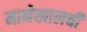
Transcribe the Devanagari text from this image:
मानेखालची